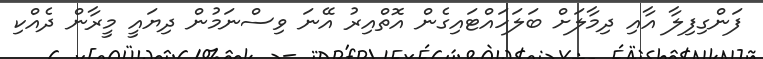
ފަންގިފިލާ އާއި ދިމާލަށް ބަލަހައްޓައިގެން އޮތްއިރު އޭނަ ވިސްނަމުން ދިޔައީ މީރާން ދެއްކި